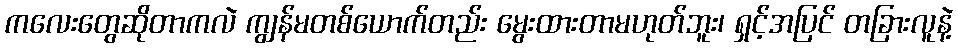
ကလေးတွေဆိုတာကလဲ ကျွန်မတစ်ယောက်တည်း မွေးထားတာမဟုတ်ဘူး၊ ရှင့်အပြင် တခြားလူနဲ့